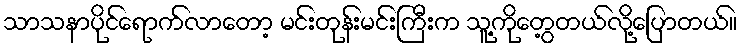
သာသနာပိုင်ရောက်လာတော့ မင်းတုန်းမင်းကြီးက သူ့ကိုတွေ့တယ်လို့ပြောတယ်။